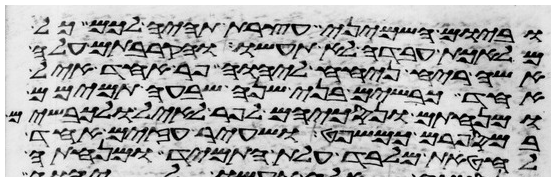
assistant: וביום השמיני עצרת תהיה לכם כל
מלאכת עבדה לא תעשו והקרבתם עלה
אשה ריח ניחח ליהוה פר אחד איל
אחד כבשים בני שנה שבעה תמימם
ומנחתם ונסכיהם לפר לאיל ולכבשים
במספרם כמשפט ושעיר עזים אחד
לחטאת מלבד עלת התמיד ומנחתה